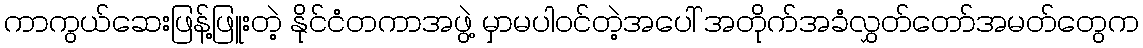
ကာကွယ်ဆေးဖြန့်ဖြူးတဲ့ နိုင်ငံတကာအဖွဲ့ မှာမပါ၀င်တဲ့အပေါ် အတိုက်အခံလွှတ်တော်အမတ်တွေက